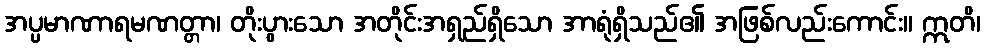
အပ္ပမာဏာရမဏတ္တာ၊ တိုးပွားသော အတိုင်းအရှည်ရှိသော အာရုံရှိသည်၏ အဖြစ်လည်းကောင်း။ ဣတိ၊